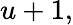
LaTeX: u+1,